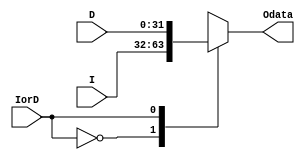
`timescale 1ns / 1ps
//////////////////////////////////////////////////////////////////////////////////
// Company: 
// Engineer: 
// 
// Design Name: 
// Module Name: MUX32_2to1
// Project Name: 
// Target Devices: 
// Tool Versions: 
// Description: 
// 
// Dependencies: 
// 
// Revision:
// Revision 0.01 - File Created
// Additional Comments:
// 
//////////////////////////////////////////////////////////////////////////////////


module MUX32_2to1(
input IorD,
input [31:0] I,
input [31:0] D,
output reg [31:0] Odata
    );
    always@(*)
    begin
        case(IorD)
        1'b0:Odata=I;
        1'b1:Odata=D;
        endcase
    end
endmodule